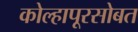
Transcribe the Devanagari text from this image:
कोल्हापूरसोबत